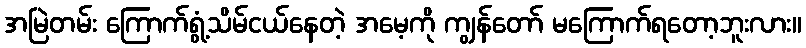
အမြဲတမ်း ကြောက်ရွံ့သိမ်ငယ်နေတဲ့ အမေ့ကို ကျွန်တော် မကြောက်ရတော့ဘူးလား။